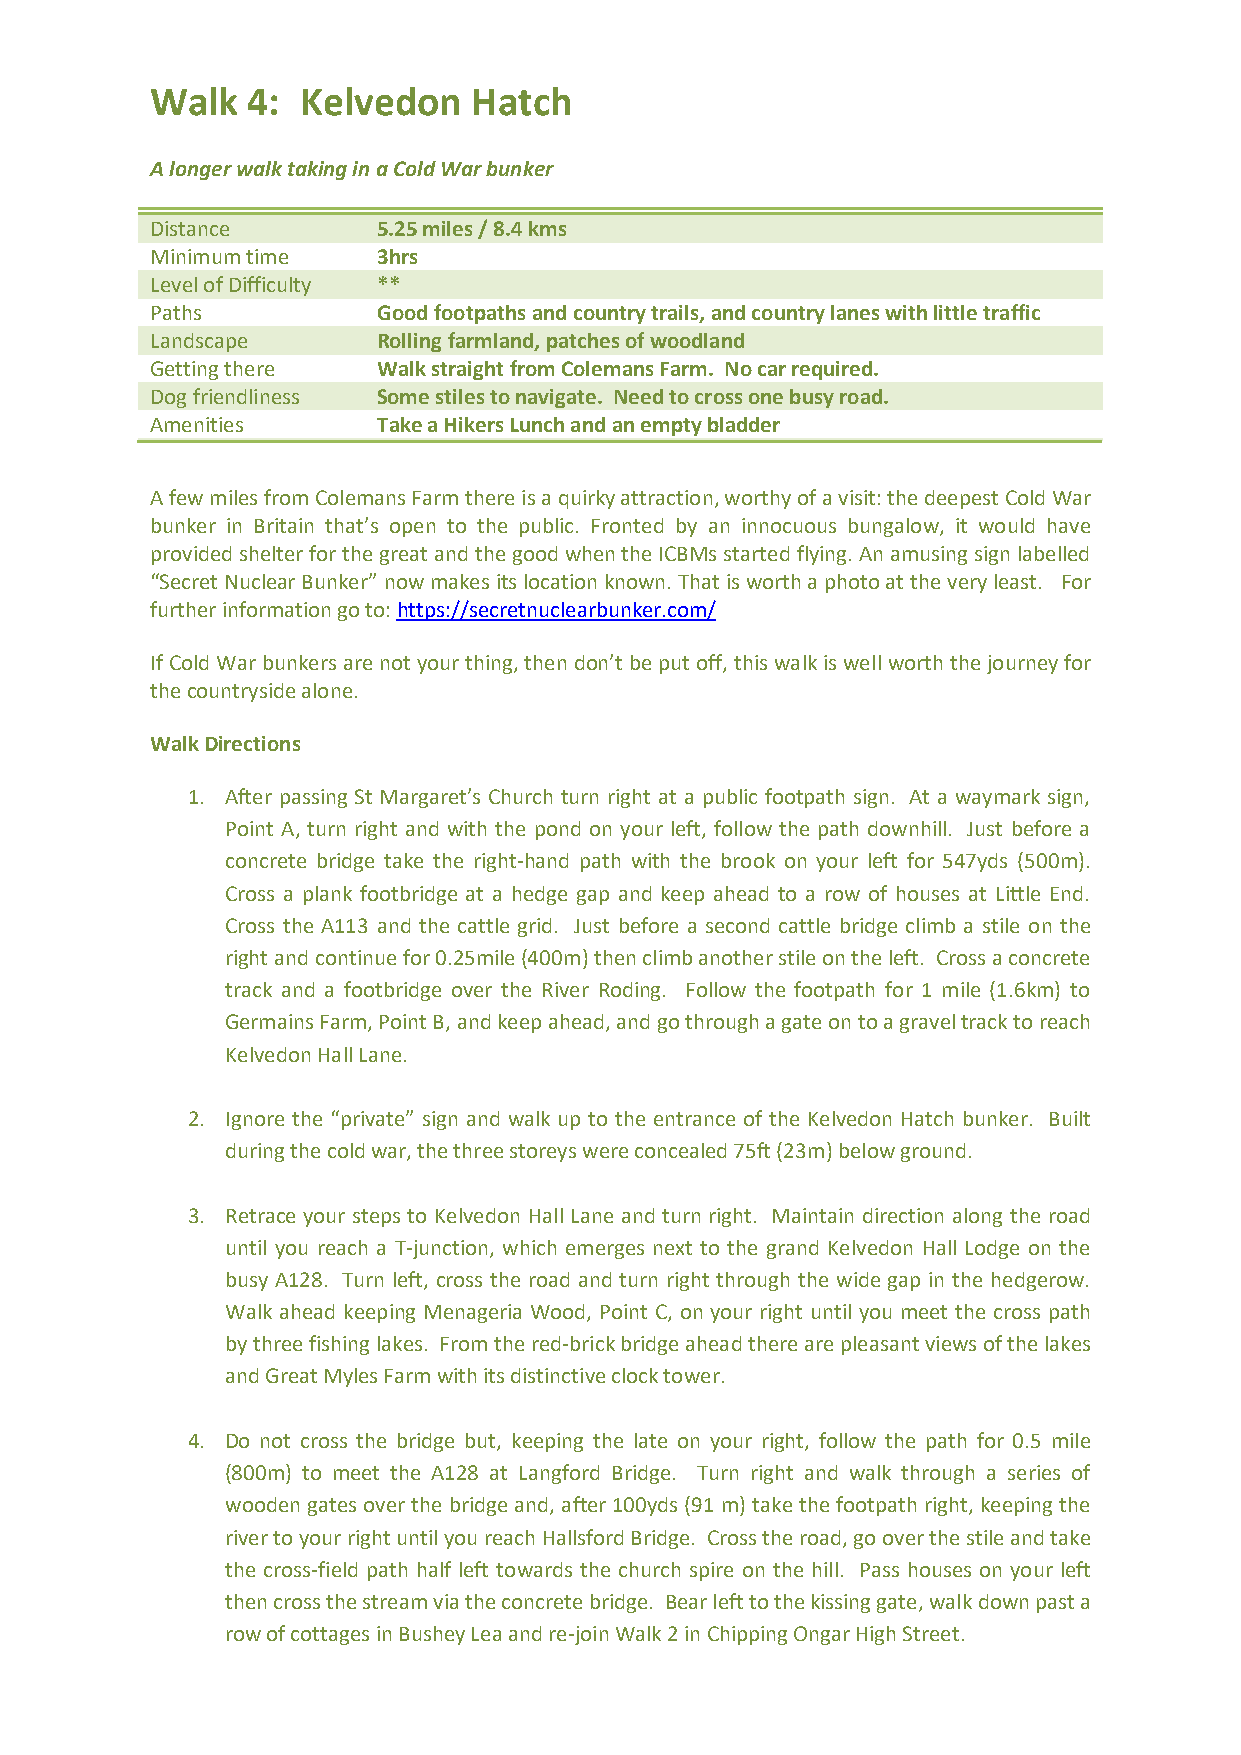
Walk  4:  Kelvedon   Hatch
 A longer walk taking in a Cold War bunker
 Distance       5.25 miles / 8.4 kms
 Minimum time   3hrs
 Level of Difficulty **
 Paths          Good footpaths and country trails, and country lanes with little traffic
 Landscape      Rolling farmland, patches of woodland
 Getting there  Walk straight from Colemans Farm. No car required.
 Dog friendliness Some stiles to navigate. Need to cross one busy road.
 Amenities      Take a Hikers Lunch and an empty bladder
 A few miles from Colemans Farm there is a quirky attraction, worthy of a visit: the deepest Cold War
 bunker in Britain that’s open to the public. Fronted by an innocuous bungalow, it would have
 provided shelter for the great and the good when the ICBMs started flying. An amusing sign labelled
 “Secret Nuclear Bunker” now makes its location known. That is worth a photo at the very least. For
 further information go to: https://secretnuclearbunker.com/
 If Cold War bunkers are not your thing, then don’t be put off, this walk is well worth the journey for
 the countryside alone.
 Walk Directions
 1. After passing St Margaret’s Church turn right at a public footpath sign. At a waymark sign,
 Point A, turn right and with the pond on your left, follow the path downhill. Just before a
 concrete bridge take the right-hand path with the brook on your left for 547yds (500m).
 Cross a plank footbridge at a hedge gap and keep ahead to a row of houses at Little End.
 Cross the A113 and the cattle grid. Just before a second cattle bridge climb a stile on the
 right and continue for 0.25mile (400m) then climb another stile on the left. Cross a concrete
 track and a footbridge over the River Roding. Follow the footpath for 1 mile (1.6km) to
 Germains Farm, Point B, and keep ahead, and go through a gate on to a gravel track to reach
 Kelvedon Hall Lane.
 2. Ignore the “private” sign and walk up to the entrance of the Kelvedon Hatch bunker. Built
 during the cold war, the three storeys were concealed 75ft (23m) below ground.
 3. Retrace your steps to Kelvedon Hall Lane and turn right. Maintain direction along the road
 until you reach a T-junction, which emerges next to the grand Kelvedon Hall Lodge on the
 busy A128. Turn left, cross the road and turn right through the wide gap in the hedgerow.
 Walk ahead keeping Menageria Wood, Point C, on your right until you meet the cross path
 by three fishing lakes. From the red-brick bridge ahead there are pleasant views of the lakes
 and Great Myles Farm with its distinctive clock tower.
 4. Do not cross the bridge but, keeping the late on your right, follow the path for 0.5 mile
 (800m) to meet the A128 at Langford Bridge. Turn right and walk through a series of
 wooden gates over the bridge and, after 100yds (91 m) take the footpath right, keeping the
 river to your right until you reach Hallsford Bridge. Cross the road, go over the stile and take
 the cross-field path half left towards the church spire on the hill. Pass houses on your left
 then cross the stream via the concrete bridge. Bear left to the kissing gate, walk down past a
 row of cottages in Bushey Lea and re-join Walk 2 in Chipping Ongar High Street.